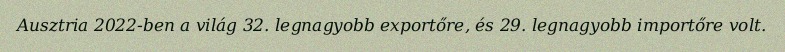
Ausztria 2022-ben a világ 32. legnagyobb exportőre, és 29. legnagyobb importőre volt.